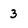
Character: 3